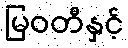
မြဝတီနှင့်